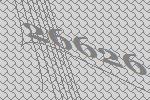
26626